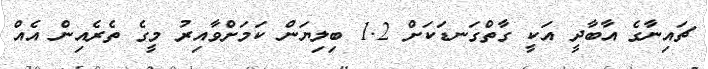
ޗައިނާގެ އާބާދީ އަކީ ގާތްގަނޑަކަށް 1.2 ބިލިޔަން ކަމަށްވާއިރު މީގެ ތެރެއިން އެއް